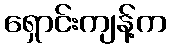
ရှောင်းကျန့်က